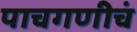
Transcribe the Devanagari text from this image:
पाचगणीचं